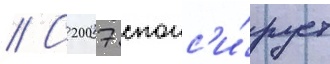
// С 2007 спонс'и́рует